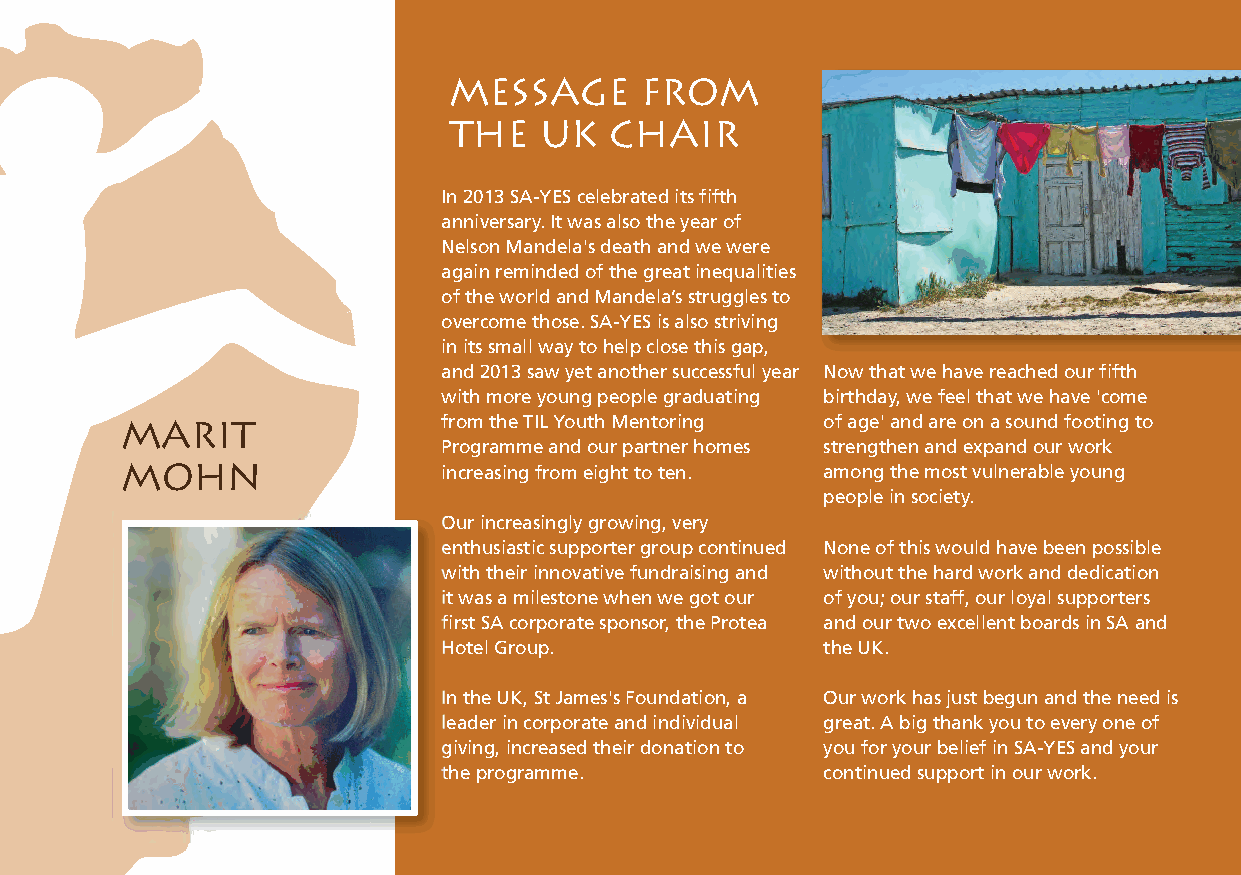
MEssage     from
 the   UK  chair
 In 2013 SA-YES celebrated its fifth
 anniversary. It was also the year of
 Nelson Mandela's death and we were
 again reminded of the great inequalities
 of the world and Mandela’s struggles to
 overcome those. SA-YES is also striving
 in its small way to help close this gap,
 and 2013 saw yet another successful year Now that we have reached our fifth
 with more young people graduating birthday, we feel that we have 'come
 MARIT                from the TIL Youth Mentoring of age' and are on a sound footing to
 Programme and our partner homes strengthen and expand our work
 MOHN
 increasing from eight to ten. among the most vulnerable young
 people in society.
 Our increasingly growing, very
 enthusiastic supporter group continued None of this would have been possible
 with their innovative fundraising and without the hard work and dedication
 it was a milestone when we got our of you; our staff, our loyal supporters
 first SA corporate sponsor, the Protea and our two excellent boards in SA and
 Hotel Group.             the UK.
 In the UK, St James's Foundation, a Our work has just begun and the need is
 leader in corporate and individual great. A big thank you to every one of
 giving, increased their donation to you for your belief in SA-YES and your
 the programme.           continued support in our work.